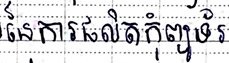
នៃការផលិតកុំព្យូទ័រ